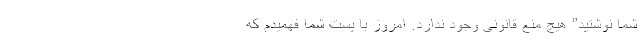
شما نوشتید” هیچ منع قانونی وجود ندارد. امروز با پست شما فهمیدم که